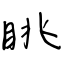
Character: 眺